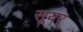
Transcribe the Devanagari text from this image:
सूयर्